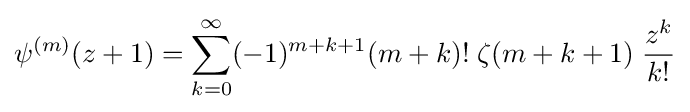
\psi ^{(m)}(z+1)=\sum _{k=0}^{\infty }(-1)^{m+k+1}(m+k)!\;\zeta (m+k+1)\;{\frac {z^{k}}{k!}}